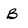
Character: B